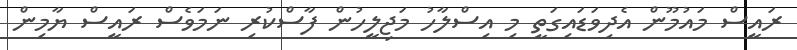
ރައީސް މައުމޫން އެދިވަޑައިގަތީ މި އިސްލާހު މަޖިލީހުން ފާސްކުރި ނަމަވެސް ރައީސް ޔާމިން